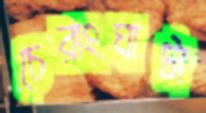
চেরাংঘাটা